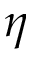
\eta